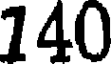
140